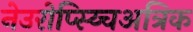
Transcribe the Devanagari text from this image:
नेउरोप्स्य्चिअत्रिक